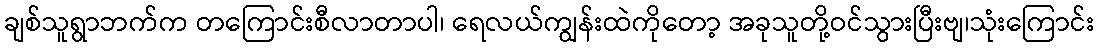
ချစ်သူရွာဘက်က တကြောင်းစီလာတာပါ၊ ရေလယ်ကျွန်းထဲကိုတော့ အခုသူတို့ဝင်သွားပြီးဗျ၊သုံးကြောင်း